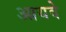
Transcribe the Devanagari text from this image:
आयवे